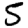
Digit: 5